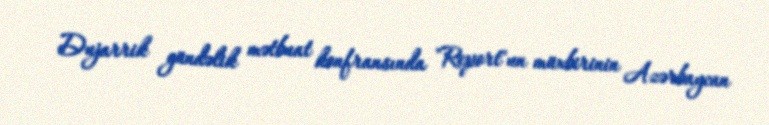
Dujarrik gündəlik mətbuat konfransında "Report"un müxbirinin Azərbaycan